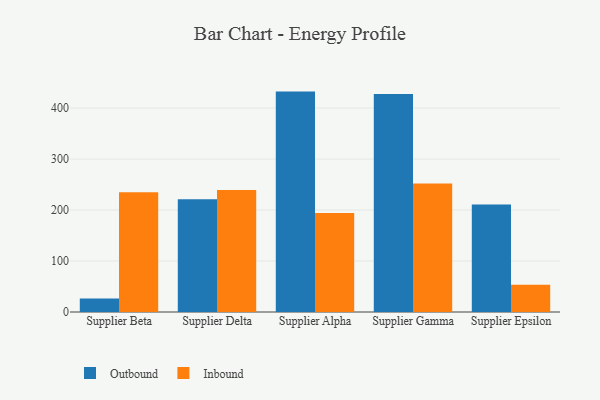
{"axis": {"x": "Supplier", "y": "Net Income (USD K)"}, "legend": ["Inbound", "Outbound"], "data": [{"x": "Supplier Beta", "y": 26.3, "type": "Outbound"}, {"x": "Supplier Beta", "y": 234.8, "type": "Inbound"}, {"x": "Supplier Delta", "y": 221.2, "type": "Outbound"}, {"x": "Supplier Delta", "y": 239.3, "type": "Inbound"}, {"x": "Supplier Alpha", "y": 432.3, "type": "Outbound"}, {"x": "Supplier Alpha", "y": 194.2, "type": "Inbound"}, {"x": "Supplier Gamma", "y": 427.5, "type": "Outbound"}, {"x": "Supplier Gamma", "y": 251.9, "type": "Inbound"}, {"x": "Supplier Epsilon", "y": 210.8, "type": "Outbound"}, {"x": "Supplier Epsilon", "y": 53.5, "type": "Inbound"}]}